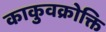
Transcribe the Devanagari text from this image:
काकुवक्रोक्ति